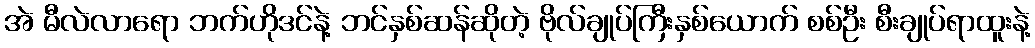
အဲ မီလဲလာရော ဘက်ဟိုဒင်နဲ့ ဘင်နှစ်ဆန်ဆိုတဲ့ ဗိုလ်ချုပ်ကြီးနှစ်ယောက် စစ်ဦး စီးချုပ်ရာထူးနဲ့